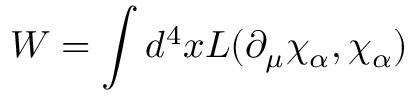
W = \int d ^ { 4 } x { \cal { L } } ( \partial _ { \mu } \chi _ { \alpha } , \chi _ { \alpha } )